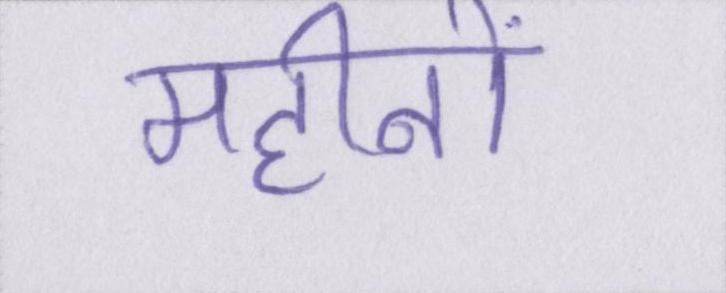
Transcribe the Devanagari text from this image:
महीनों